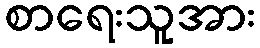
စာရေးသူအား